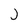
Character: J